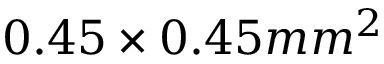
0 . 4 5 \times { 0 . 4 5 m m ^ { 2 } }